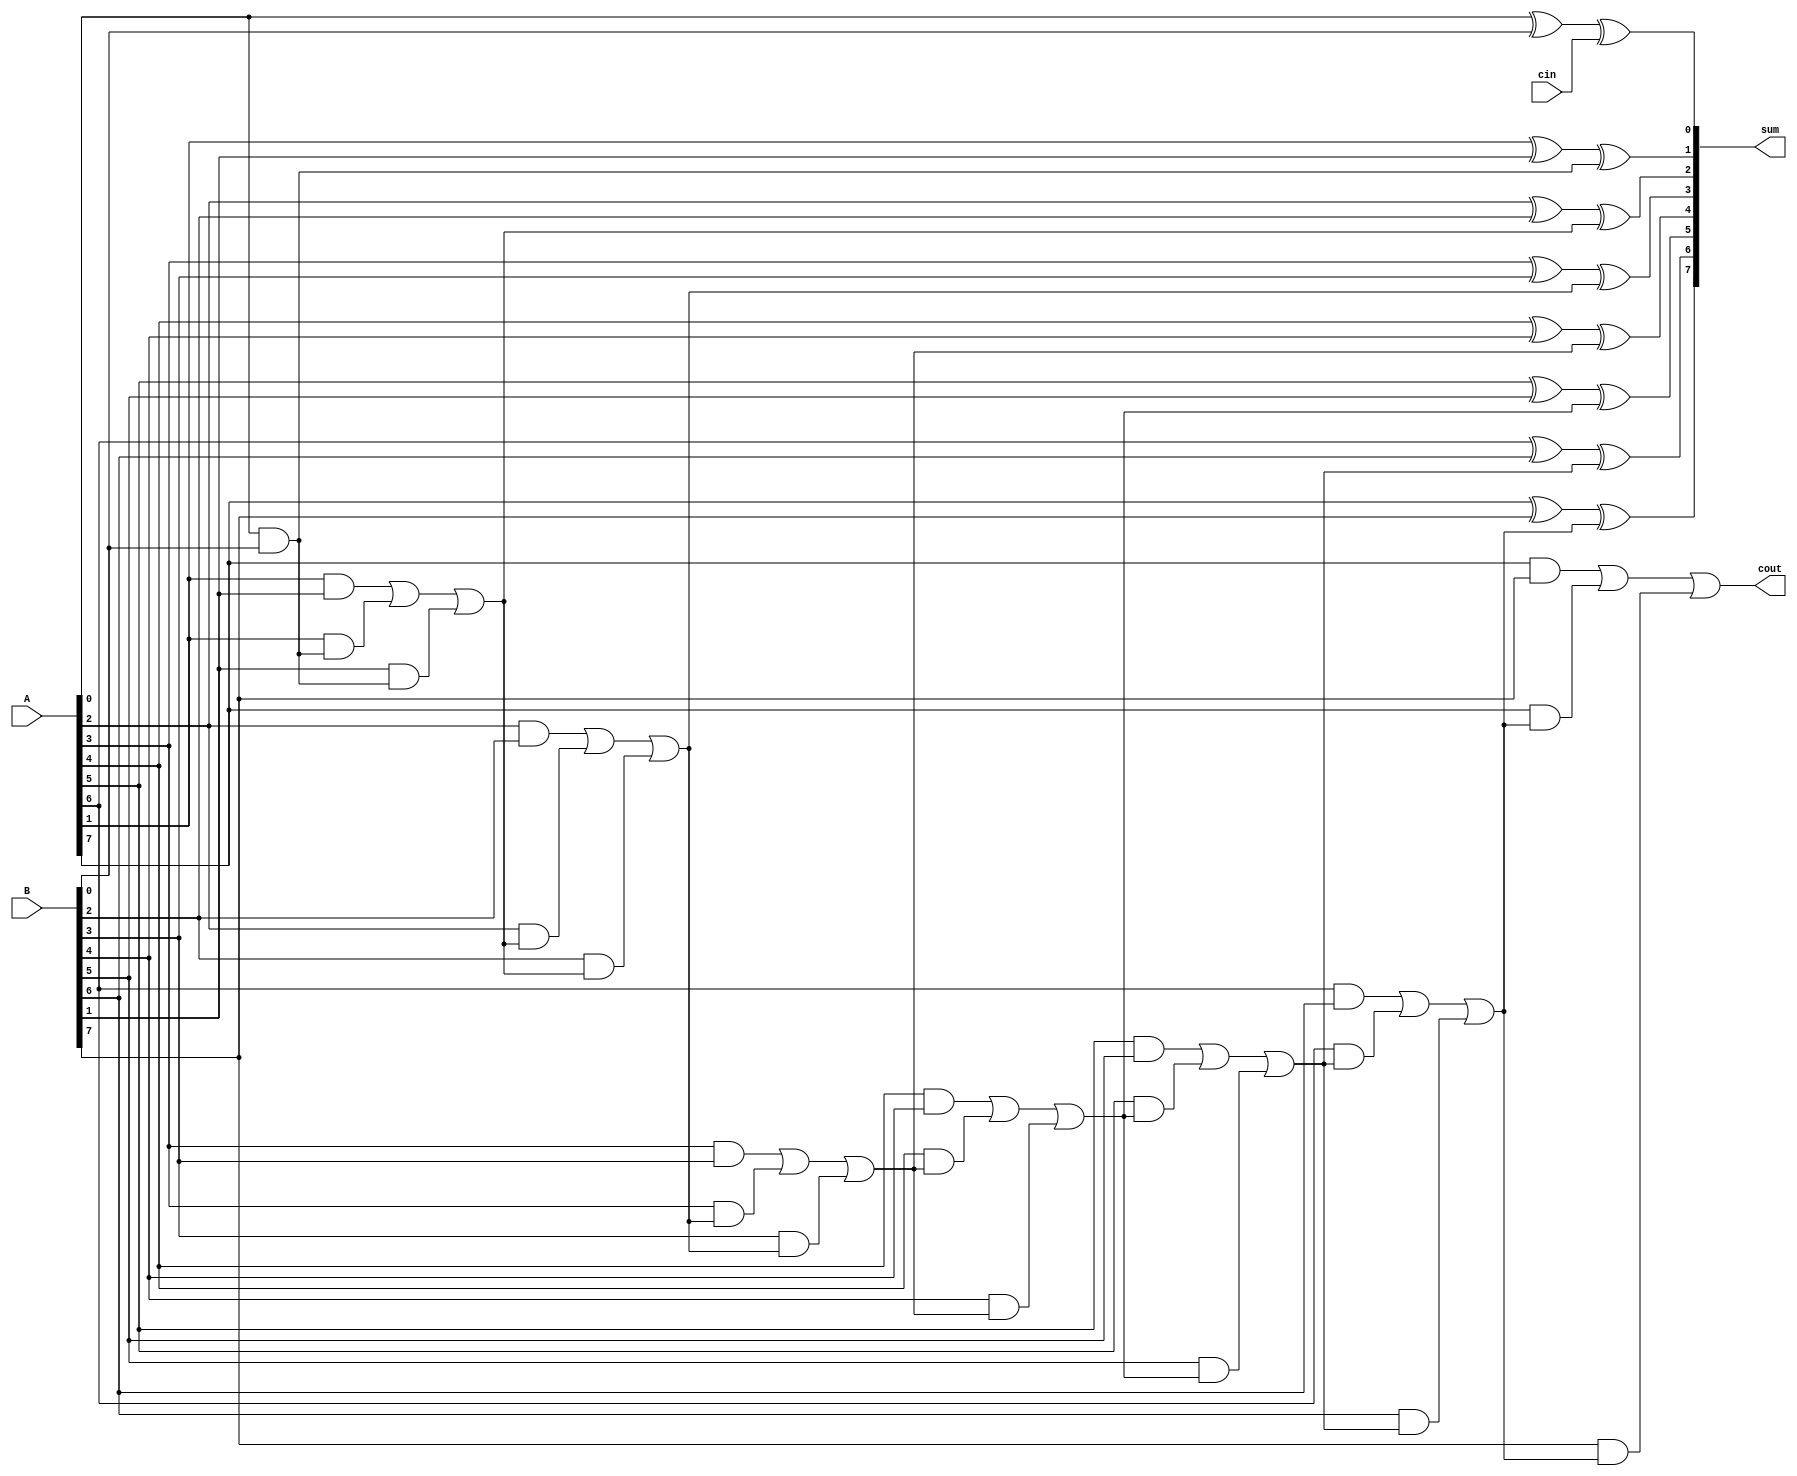
module CarrySkipAdder(
    input [7:0] A, B,
    input cin,
    output [7:0] sum,
    output cout
);

wire [7:0] c;

assign c[0] = A[0] & B[0];
assign sum[0] = A[0] ^ B[0] ^ cin;

genvar i;
generate
    for (i = 1; i < 8; i = i + 1) begin
        assign c[i] = (A[i] & B[i]) | (A[i] & c[i-1]) | (B[i] & c[i-1]);
        assign sum[i] = A[i] ^ B[i] ^ c[i-1];
    end
endgenerate

assign cout = c[7];

endmodule